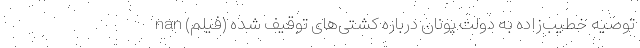
توصیه خطیب‌زاده به دولت یونان درباره کشتی‌های توقیف شده (فیلم) nan